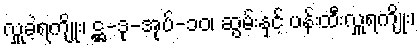
လှူခဲ့ရကျိုး၊ ဋ္ဌ-ဒု-အုပ်-၁၀၊ ဆွမ်းနှင့် ပန်းထီးလှူရကျိုး၊